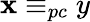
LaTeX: \mathbf{x}\equiv_{pc}y